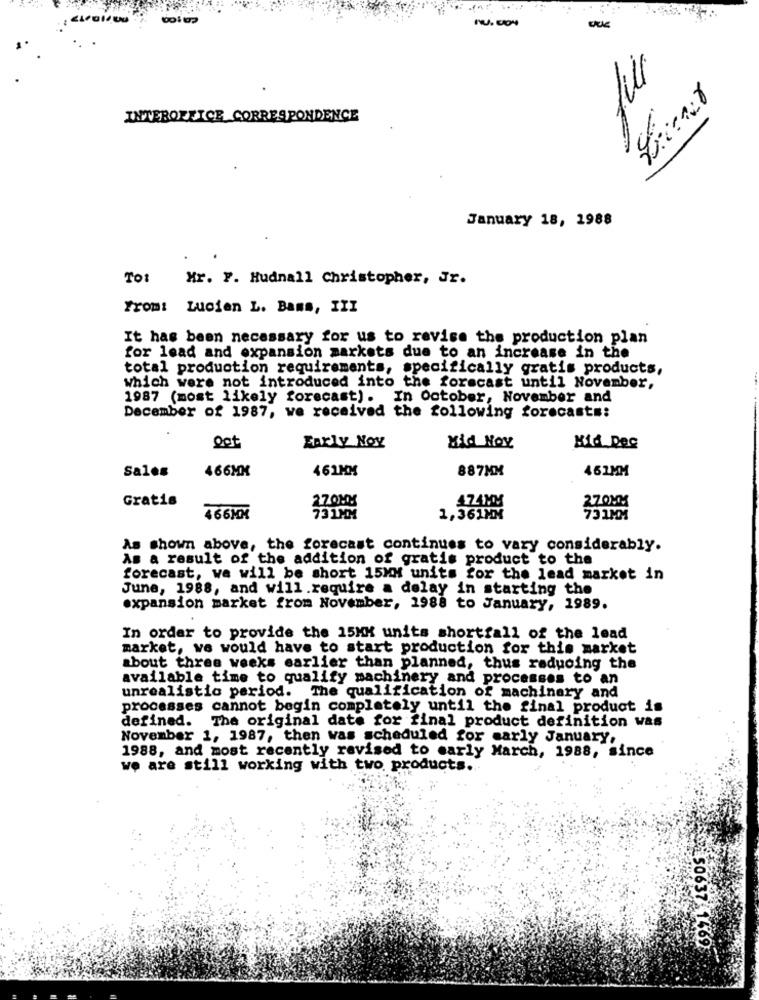
.
INTEROFFICE CORRESPONDENCE
January 18, 1988
Tot
Mr. F. Hudnall Christopher, Jr.
From: Lucien L. Bams, III
It has been necessary for us to revise the production plan
for lead and expansion markets due to an increase in the
total production requirements, specifically gratis products,
Which were not introduced into the forecast until November,
1987 (most likely forecast). In October, November and
December of 1987, we received the following forecasts:
Oct
Early Nov
Mid Nov
Mid Dec
Sales
466MK
461MM
887MM
461MM
Gratis
270MM
474MM
270MM
466MM
731MM
1,361MM
731MM
As shown above, the forecast continues to vary considerably.
As a result of the addition of gratis product to the
forecast, we will be short 15MM units for the lead market in
June, 1988, and will require a delay in starting the
expansion market from November, 1988 to January, 1989.
In order to provide the 15MK units shortfall of the lead
market, we would have to start production for this market
about three weeks earlier than planned, thus reducing the
available time to qualify machinery and processes to an
unrealistic period. The qualification of machinery and
processes cannot begin completely until the final product is
defined. The original date for final product definition was
November 1, 1987, then was scheduled for early January,
1988, and most recently revised to early March, 1988, since
we are still working with two products.
5-6PL 50637 1469